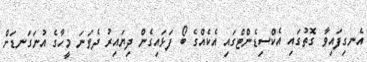
އެނގިފައިވާ ގޮތުގައި އެކްސިޑެންޓްގައި އެކެއްގެ ބޯ ފަޅައިގެން ދިޔައިރު ދެވަނަ މީހާގެ އުނަގަނޑަށް